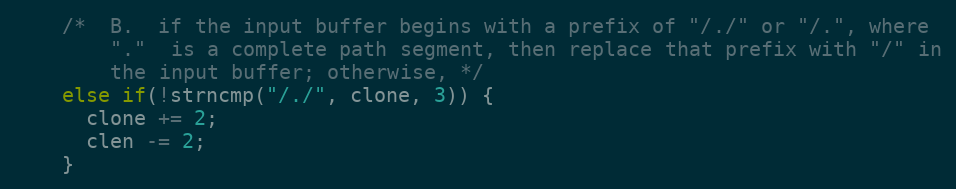
Language: C
    /*  B.  if the input buffer begins with a prefix of "/./" or "/.", where
        "."  is a complete path segment, then replace that prefix with "/" in
        the input buffer; otherwise, */
    else if(!strncmp("/./", clone, 3)) {
      clone += 2;
      clen -= 2;
    }